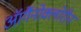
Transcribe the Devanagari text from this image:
ऑर्गैनोक्लोरीन